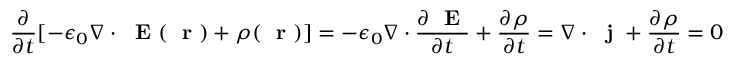
\frac { \partial } { \partial t } [ - \epsilon _ { 0 } \nabla \cdot \mathrm { ~ \bf ~ E ~ } ( \mathrm { ~ \bf ~ r ~ } ) + \rho ( \mathrm { ~ \bf ~ r ~ } ) ] = - \epsilon _ { 0 } \nabla \cdot \frac { \partial \mathrm { ~ \bf ~ E ~ } } { \partial t } + \frac { \partial \rho } { \partial t } = \nabla \cdot \mathrm { ~ \bf ~ j ~ } + \frac { \partial \rho } { \partial t } = 0